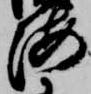
海